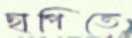
ছাপিতে